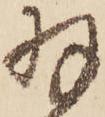
羽